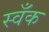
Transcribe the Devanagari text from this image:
स्वँक